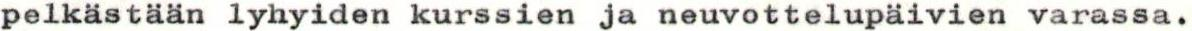
pelkästään lyhyiden kurssien ja neuvottelupäivien varassa.